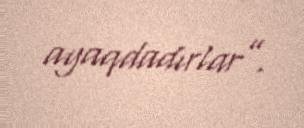
ayaqdadırlar”.